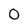
Character: 0